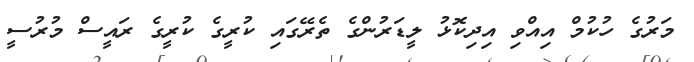
މަރުގެ ހުުކުމް އިއްވި އިދިކޮޅު ލީޑަރުންގެ ތެރޭގައި ކުރީގެ ކުރީގެ ރައީސް މުރުސީ